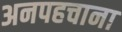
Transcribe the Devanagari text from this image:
अनपहचाना